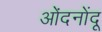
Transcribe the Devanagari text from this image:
ओंदनोंदू